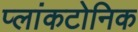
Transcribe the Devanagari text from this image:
प्लांकटोनिक